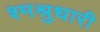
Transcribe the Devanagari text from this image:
श्मश्रुधारी